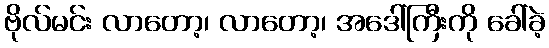
ဗိုလ်မင်း လာတော့၊ လာတော့၊ အဒေါ်ကြီးကို ခေါ်ခဲ့